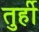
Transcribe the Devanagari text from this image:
तुर्ही